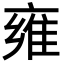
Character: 雍